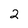
Character: 2